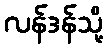
လန်ဒန်သို့